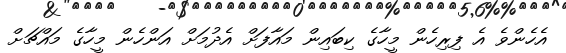
އެހެންވެ އެ ފިރިހެން މީހާގެ ކިބައިން މައާފަށް އެދުމަށް އަންހެން މީހާގެ މައްޗަށް